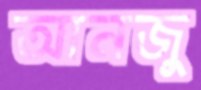
আনজু